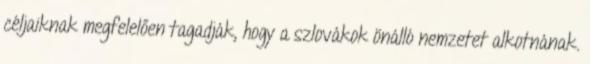
céljaiknak megfelelően tagadják, hogy a szlovákok önálló nemzetet alkotnának.